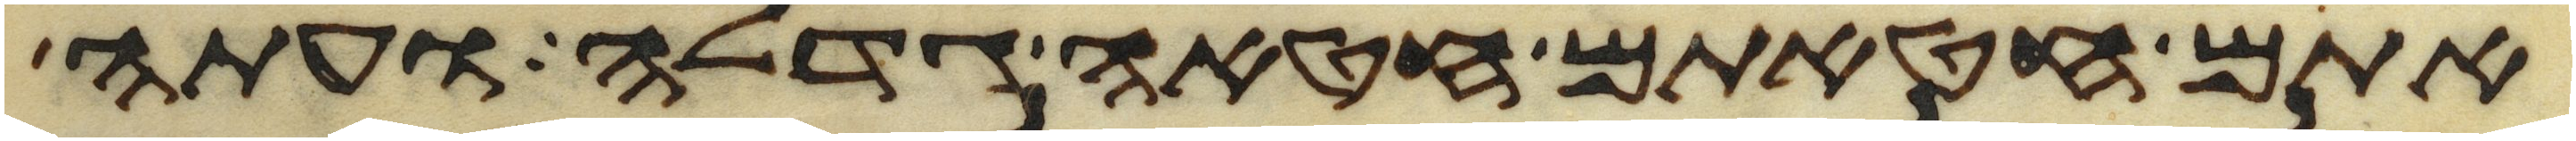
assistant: אתם חטאתם חטאה גדלה ועתה